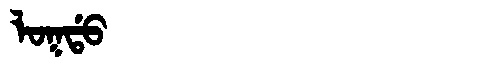
Manchu: ᠯᠣᡴᡩᠣ
Romanization: LOKDO